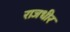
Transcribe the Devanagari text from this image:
राजधीर